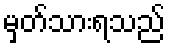
မှတ်သားရသည်